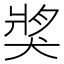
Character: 𤟒